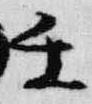
壬